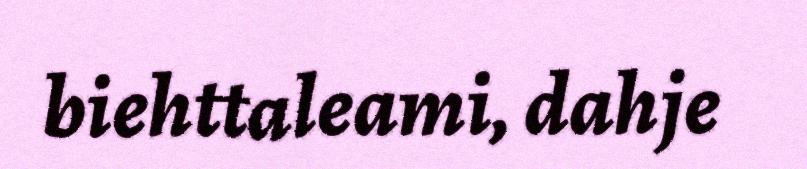
biehttaleami, dahje